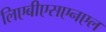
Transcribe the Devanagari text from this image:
लिएबीएसएनएल